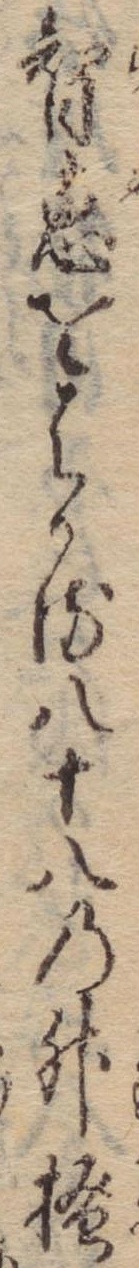
智恵をはかる八十八の升掻